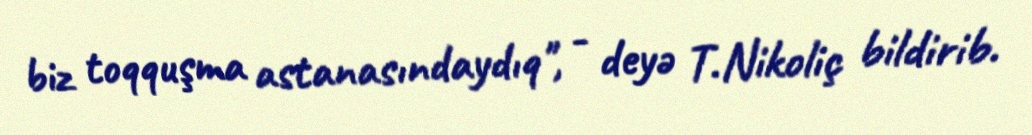
biz toqquşma astanasındaydıq", - deyə T.Nikoliç bildirib.